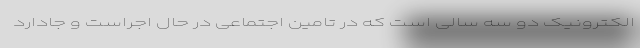
الکترونیک دو سه سالی است که در تامین اجتماعی در حال اجراست و جادارد